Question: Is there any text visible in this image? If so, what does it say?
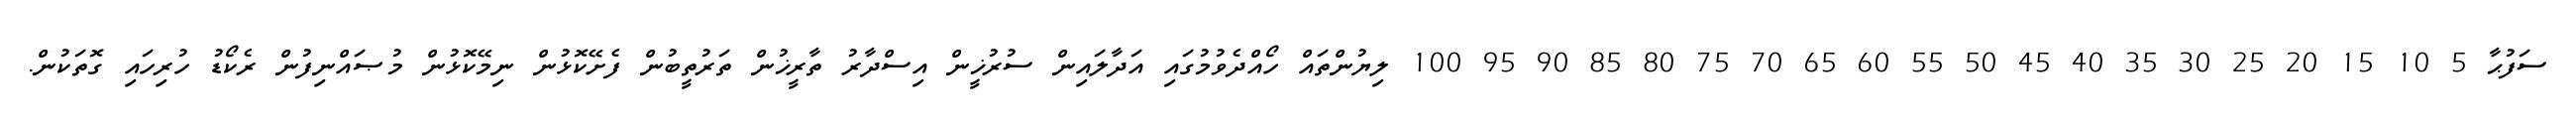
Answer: ސަފުޙާ 5 10 15 20 25 30 35 40 45 50 55 60 65 70 75 80 85 90 95 100 ލިޔުންތައް ހޯއްދެވުމުގައި އަދާލައިން ސުރުޚީން އިސްދާރު ތާރީޚުން ތަރުތީބުން ފެށޭކޮޅުން ނިމޭކޮޅުން މުޞައްނިފުން ރެކޯޑު ހުރިހައި ގޮތަކުން.